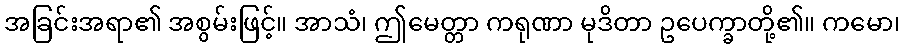
အခြင်းအရာ၏ အစွမ်းဖြင့်။ အာသံ၊ ဤမေတ္တာ ကရုဏာ မုဒိတာ ဥပေက္ခာတို့၏။ ကမော၊